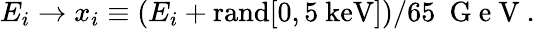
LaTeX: E_{i}\to x_{i}\equiv(E_{i}+\mathrm{rand}[0,5~\mathrm{keV}])/65~\mathrm{~G~e~V~}.